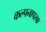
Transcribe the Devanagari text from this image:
कल्पनापरक